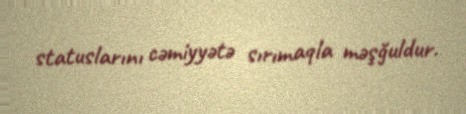
statuslarını cəmiyyətə sırımaqla məşğuldur.